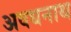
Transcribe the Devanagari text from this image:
अवधनाथ